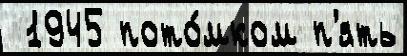
 1945 пото́мком п'ять